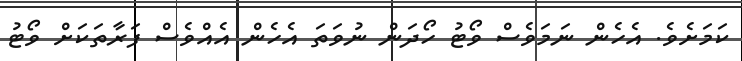
ކަމަށެވެ. އެހެން ނަމަވެސް ވޯޓު ހޯދަން ނުވަތަ އެހެން އެއްވެސް ފަރާތަކަށް ވޯޓު